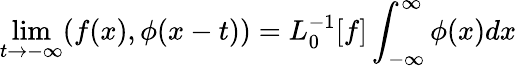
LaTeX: \operatorname*{lim}_{t\rightarrow-\infty}(f(x),\phi(x-t))=L_{0}^{-1}[f]\int_{-\infty}^{\infty}\phi(x)dx